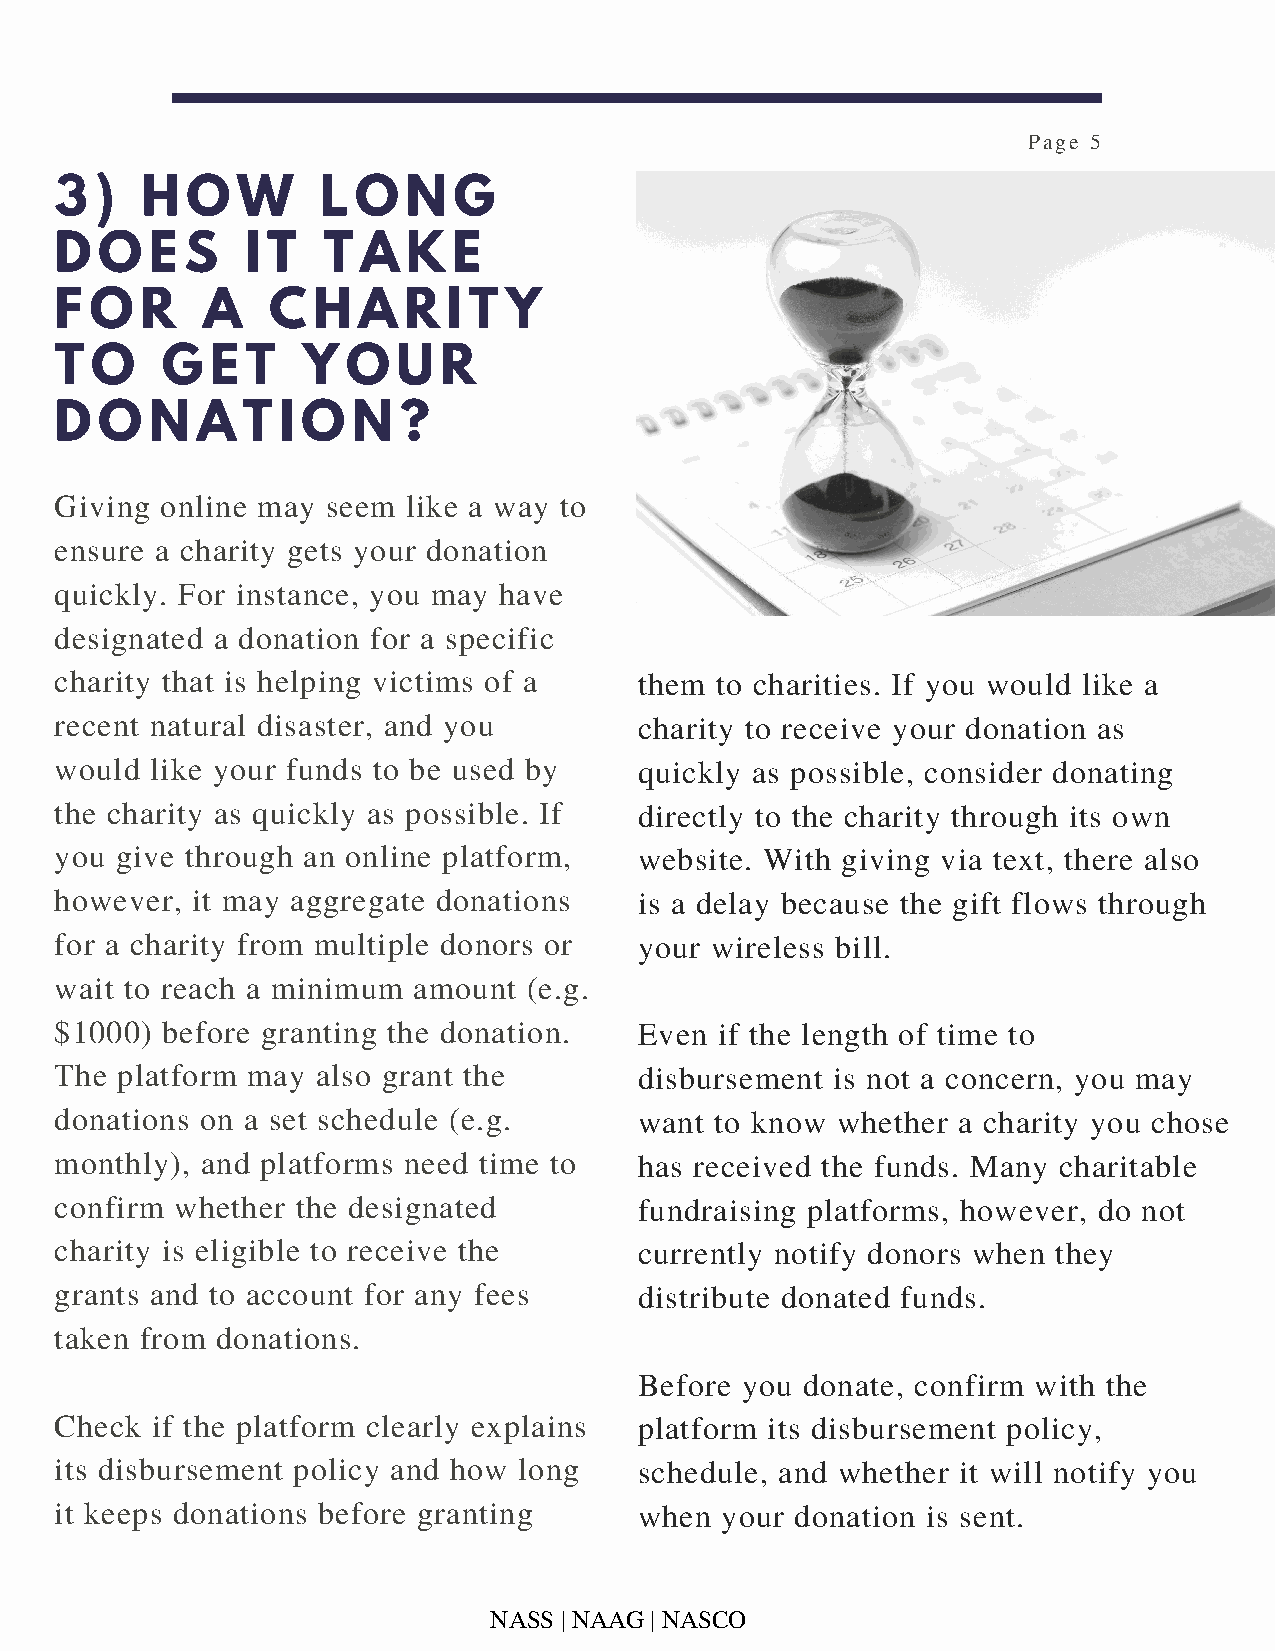
Page 5
 3 )  H  O   W    L O   N  G
 D O   E S   I T  T  A  K  E
 F O  R   A    C  H  A  R  I T Y
 T O    G  E T   Y  O  U  R
 D O   N  A  T I O  N  ?
 Giving online may seem like a way to
 ensure a charity gets your donation
 quickly. For instance, you may have
 designated a donation for a specific
 charity that is helping victims of a  them to charities. If you would like a
 recent natural disaster, and you      charity to receive your donation as
 would like your funds to be used by   quickly as possible, consider donating
 the charity as quickly as possible. If directly to the charity through its own
 you give through an online platform,  website. With giving via text, there also
 however, it may aggregate donations   is a delay because the gift flows through
 for a charity from multiple donors or your wireless bill.
 wait to reach a minimum amount (e.g.
 $1000) before granting the donation.  Even  if the length of time to
 The platform may also grant the       disbursement is not a concern, you may
 donations on a set schedule (e.g.     want to know whether a charity you chose
 monthly), and platforms need time to  has received the funds. Many charitable
 confirm whether the designated        fundraising platforms, however, do not
 charity is eligible to receive the    currently notify donors when they
 grants and to account for any fees    distribute donated funds.
 taken from donations.
 Before you donate, confirm with the
 Check if the platform clearly explains platform its disbursement policy,
 its disbursement policy and how long  schedule, and whether it will notify you
 it keeps donations before granting    when  your donation is sent.
 NASS | NAAG | NASCO